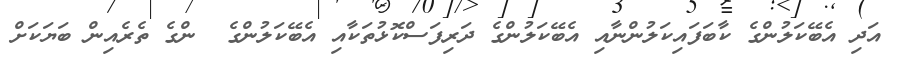
އަދި އެބޭކަލުންގެ ކާބަފައިކަލުންނާއި އެބޭކަލުންގެ ދަރިފަސްކޮޅުތަކާއި އެބޭކަލުންގެ  ންގެ ތެރެއިން ބަޔަކަށް